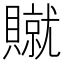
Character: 𫎢